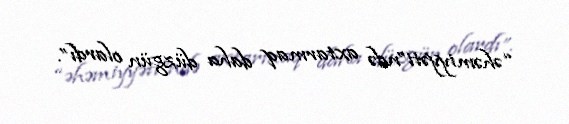
“əhəmiyyəti”ndə axtarmaq daha düzgün olardı”.